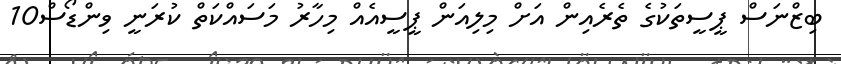
ބިޒްނަސް ޕީސީތަކުގެ ތެރެއިން އަށް މިލިއަން ޕީސީއެއް މިހާރު މަސައްކަތް ކުރަނީ ވިންޑޯސް10